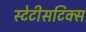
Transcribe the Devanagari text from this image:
स्टेटीसटिक्स